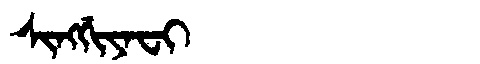
Manchu: ᠰᡳᠩᡤᡳᠶᠠᠸᡳ
Romanization: SINGGIYAFI